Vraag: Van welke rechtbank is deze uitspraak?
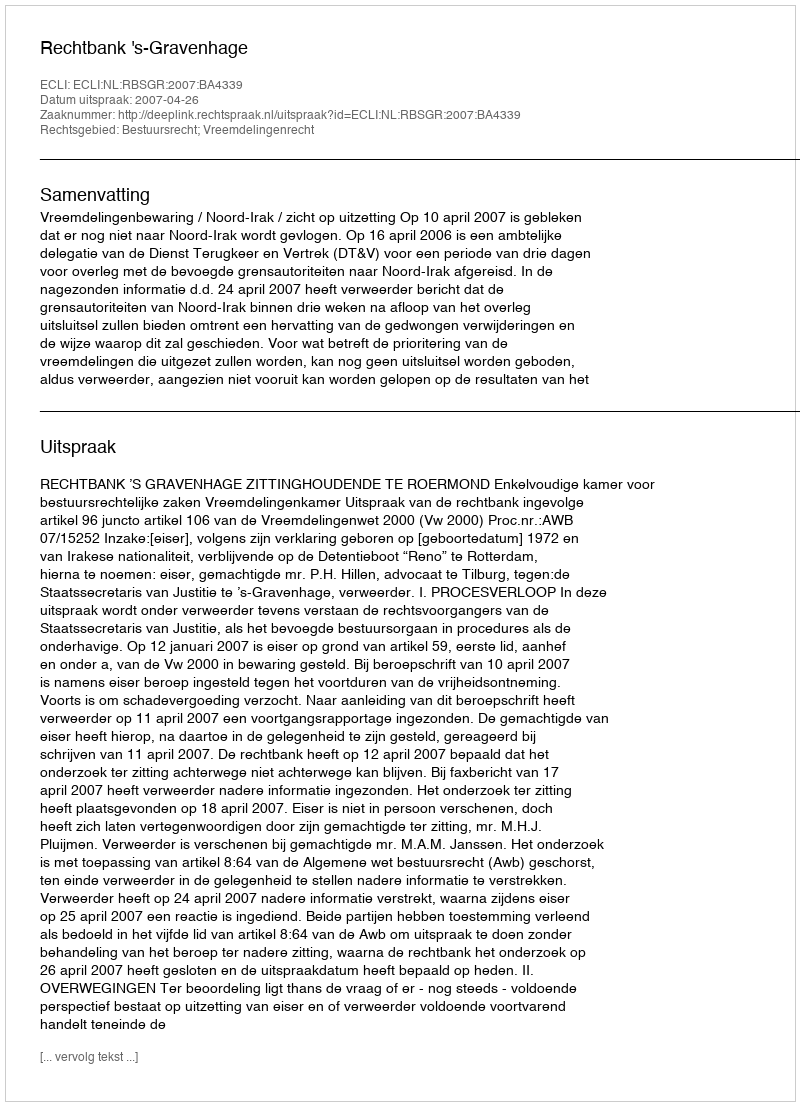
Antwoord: Rechtbank 's-Gravenhage